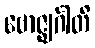
ဗောဇ္ဈင်္ဂါတိ